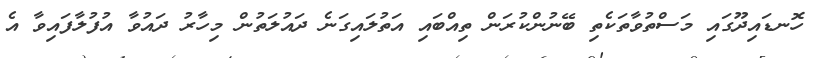
ހޮނޑައިދޫގައި މަސްތުވާތަކެތި ބޭނުންކުރަން ތިއްބައި އަތުލައިގަނެ ދައުލަތުން މިހާރު ދައުވާ އުފުލާފައިވާ އެ